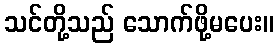
သင်တို့သည် သောက်ဖို့မပေး။